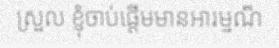
ស្រួល ខ្ញុំចាប់ផ្តើមមានអារម្មណ៏